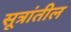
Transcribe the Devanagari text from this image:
सूत्रांतील